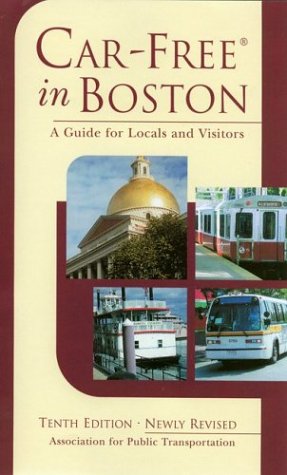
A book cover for Car-Free in Boston: A Guide for Locals and Visitors, 10th Edition; Engineering & Transportation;